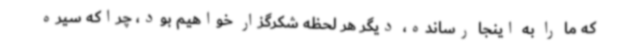
که ما را به اینجا رسانده، دیگر هر لحظه شکرگزار خواهیم بود، چراکه سیره